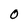
Character: o